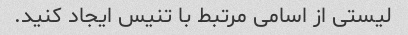
لیستی از اسامی مرتبط با تنیس ایجاد کنید.